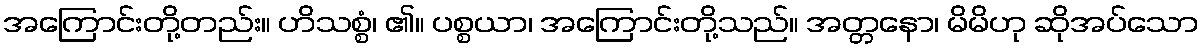
အကြောင်းတို့တည်း။ ဟိသစ္စံ၊ ၏။ ပစ္စယာ၊ အကြောင်းတို့သည်။ အတ္တနော၊ မိမိဟု ဆိုအပ်သော